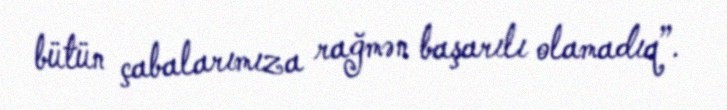
bütün çabalarımıza rağmən başarılı olamadıq”.